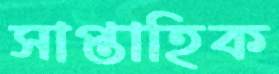
সাপ্তাহিক